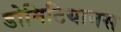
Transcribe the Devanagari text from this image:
डोमिटियानस